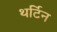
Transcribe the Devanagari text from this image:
थर्टिन